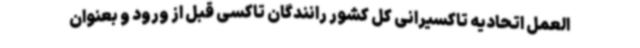
العمل اتحادیه تاکسیرانی کل کشور رانندگان تاکسی قبل از ورود و بعنوان